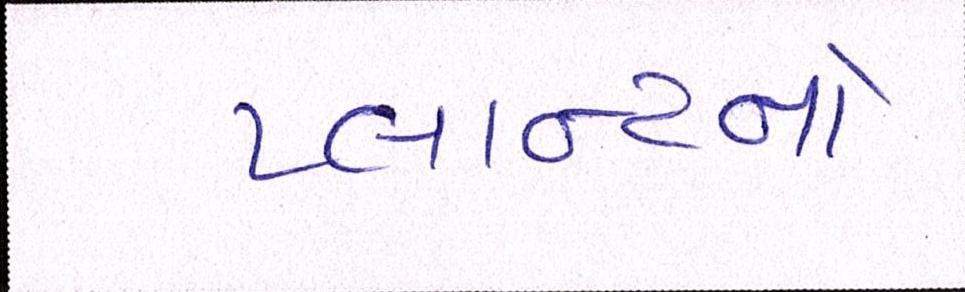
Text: પ્લાન્ટનો